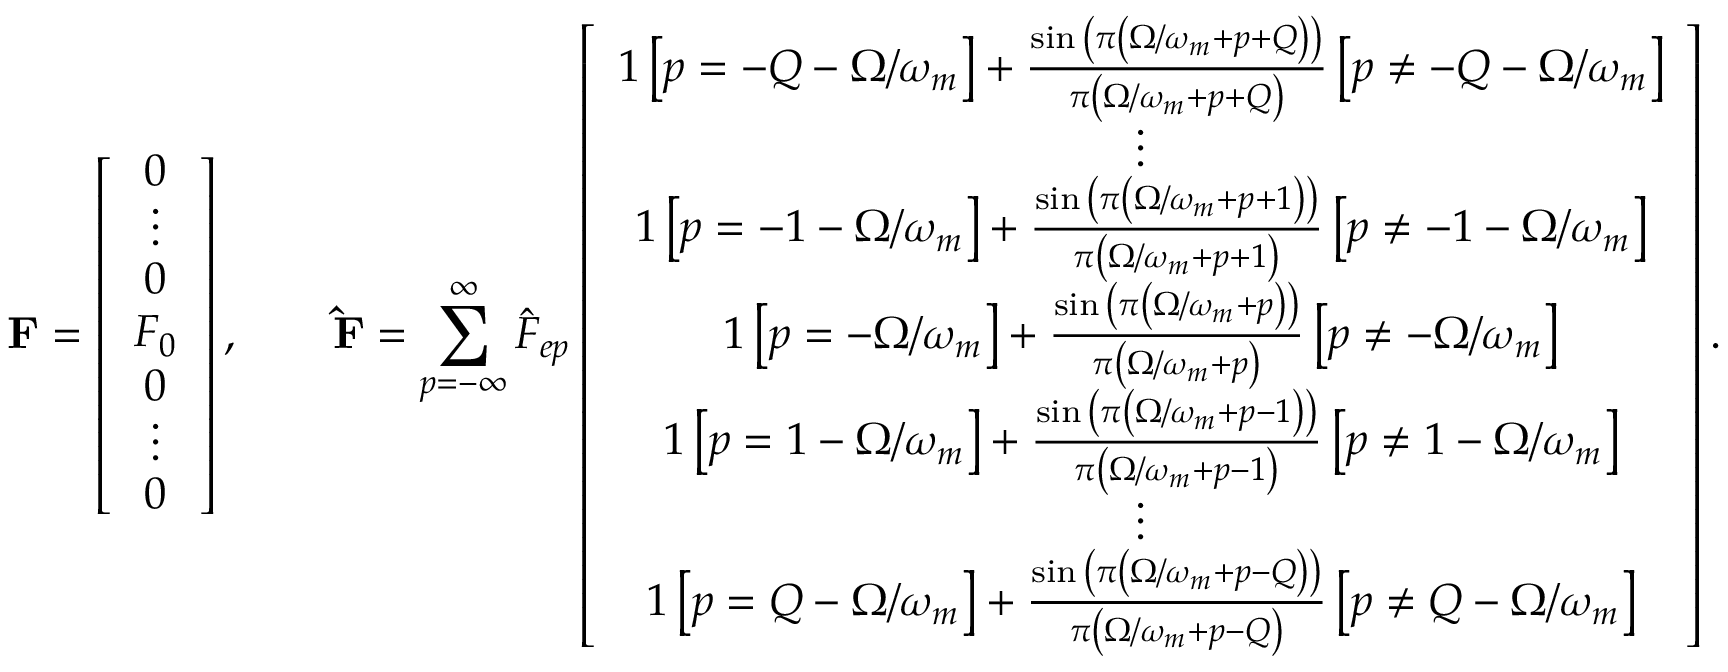
\mathbf { F } = \left[ \begin{array} { c c c c c c c } { 0 } \\ { \vdots } \\ { 0 } \\ { F _ { 0 } } \\ { 0 } \\ { \vdots } \\ { 0 } \end{array} \right] , \qquad \mathbf { \hat { F } } = \sum _ { p = - \infty } ^ { \infty } \hat { F } _ { e p } \left[ \begin{array} { c c c c c c c } { 1 \left[ p = - Q - \Omega / \omega _ { m } \right] + \frac { \sin { \left( \pi \left( \Omega / \omega _ { m } + p + Q \right) \right) } } { \pi \left( \Omega / \omega _ { m } + p + Q \right) } \left[ p \neq - Q - \Omega / \omega _ { m } \right] } \\ { \vdots } \\ { 1 \left[ p = - 1 - \Omega / \omega _ { m } \right] + \frac { \sin { \left( \pi \left( \Omega / \omega _ { m } + p + 1 \right) \right) } } { \pi \left( \Omega / \omega _ { m } + p + 1 \right) } \left[ p \neq - 1 - \Omega / \omega _ { m } \right] } \\ { 1 \left[ p = - \Omega / \omega _ { m } \right] + \frac { \sin { \left( \pi \left( \Omega / \omega _ { m } + p \right) \right) } } { \pi \left( \Omega / \omega _ { m } + p \right) } \left[ p \neq - \Omega / \omega _ { m } \right] } \\ { 1 \left[ p = 1 - \Omega / \omega _ { m } \right] + \frac { \sin { \left( \pi \left( \Omega / \omega _ { m } + p - 1 \right) \right) } } { \pi \left( \Omega / \omega _ { m } + p - 1 \right) } \left[ p \neq 1 - \Omega / \omega _ { m } \right] } \\ { \vdots } \\ { 1 \left[ p = Q - \Omega / \omega _ { m } \right] + \frac { \sin { \left( \pi \left( \Omega / \omega _ { m } + p - Q \right) \right) } } { \pi \left( \Omega / \omega _ { m } + p - Q \right) } \left[ p \neq Q - \Omega / \omega _ { m } \right] } \end{array} \right] .